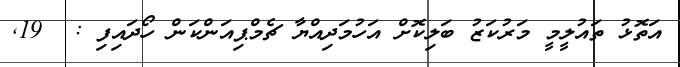
އަތޮޅު ތައުލީމީ މަރުކަޒު ބަލިކޮށް އަހުމަދިއްޔާ ޗެމްޕިއަންކަން ހޯދައިފި :  19